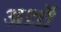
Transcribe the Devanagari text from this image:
अर्थ्रो